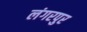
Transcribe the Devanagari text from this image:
लंगरपुर